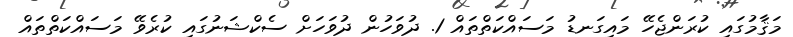
މަޤާމުގައި ކުރަންޖެހޭ މައިގަނޑު މަސައްކަތްތައް 1. ދުވަހުން ދުވަހަށް ސެކްޝަނުގައި ކުރެވޭ މަސައްކަތްތައް